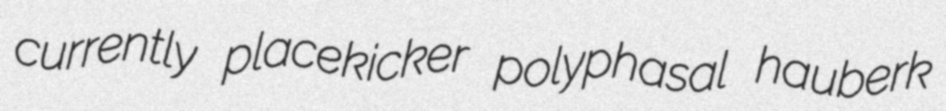
currently placekicker polyphasal hauberk